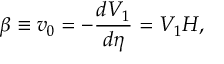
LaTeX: \beta \equiv v _ { 0 } = - \frac { d V _ { 1 } } { d \eta } = V _ { 1 } H ,